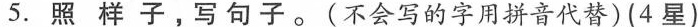
5.照样子，写句子。(不会写的字用拼音代替)(4星)